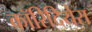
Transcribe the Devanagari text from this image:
कॉरिदियेरा